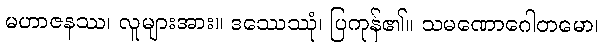
မဟာဇနဿ၊ လူများအား။ ဒဿေဿုံ၊ ပြကုန်၏။ သမဏောဂေါတမော၊